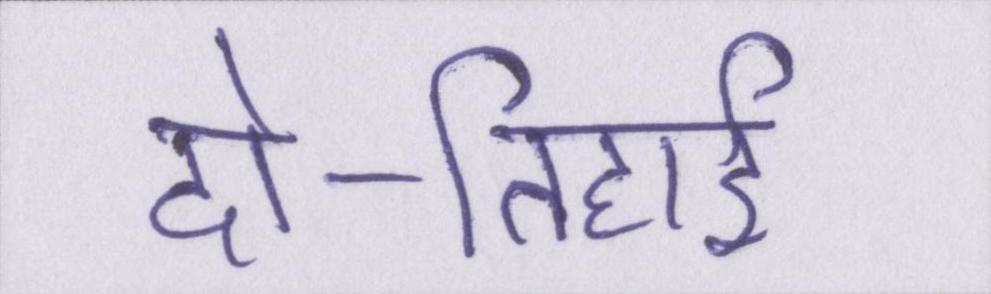
दो-तिहाई